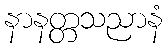
နာနတ္တသညာနံ